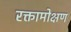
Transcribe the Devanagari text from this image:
रक्तामोक्षण